Leaving Certificate Examination (including Day School Certificate (Higher) General paper), 1926
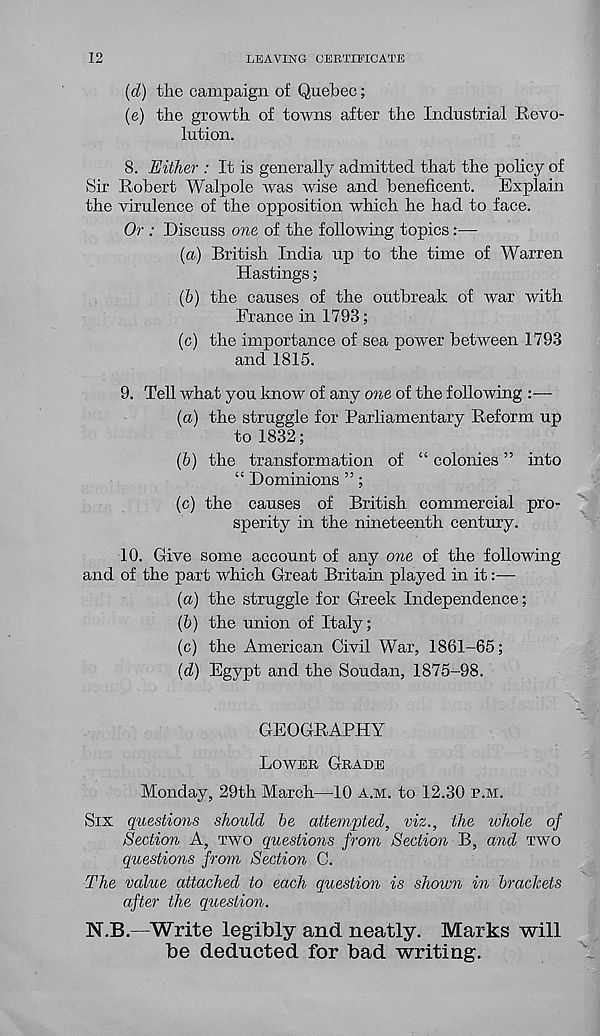
12
LEAVING CERTIFICATE
(d) the campaign of Quebec;
(e) the growth of towns after the Industrial Revo-
lution.
8. Either : It is generally admitted that the policy of
Sir Robert Walpole was wise and beneficent. Explain
the virulence of the opposition which he had to face.
Or : Discuss one of the following topics:—
(а) British India up to the time of Warren
Hastings;
(б) the causes of the outbreak of war with
France in 1793;
(c) the importance of sea power between 1793
and 1815.
9. Tell what you know of any one of the following :—
(a) the struggle for Parliamentary Reform up
to 1832;
(b) the transformation of “ colonies ” into
“ Dominions ”;
(c) the causes of British commercial pro-
sperity in the nineteenth century.
10. Give some account of any one of the following
and of the part which Great Britain played in it:—
(a) the struggle for Greek Independence;
(5) the union of Italy;
(c) the American Civil War, 1861-65;
{d) Egypt and the Soudan, 1875-98.
GEOGRAPHY
LOWER GRADE
Monday, 29th March—10 A.M. to 12.30 R.M.
SIX questions should be attempted, viz., the whole of
Section A, TWO questions from Section B, and TWO
questions from Section C.
The value attached to each question is shown in brackets
after the question.
N.B.—Write legibly and neatly. Marks will
be deducted for bad writing.